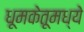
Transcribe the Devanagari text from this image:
धूमकेतूमध्ये